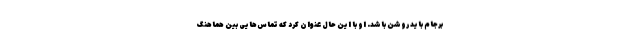
برجام باید روشن باشد. او با این حال عنوان کرد که تماس‌هایی بین هماهنگ